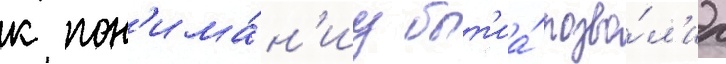
к пон'има́н'иу быт'иа́ позво́л'ил